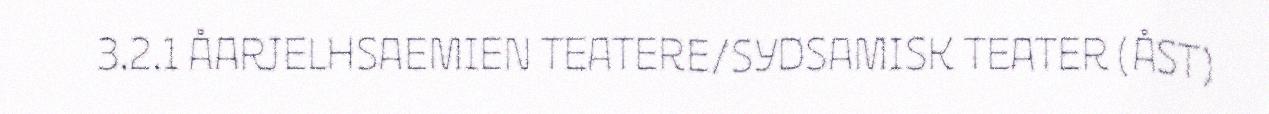
3.2.1 ÅARJELHSAEMIEN TEATERE/SYDSAMISK TEATER (ÅST)